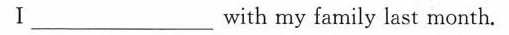
Ⅰ ___with my family last month。